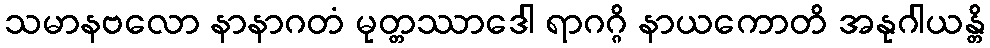
သမာနဗလော နာနာဂတံ မုတ္တဿာဒေါ ရာဂဂ္ဂိ နာယကောတိ အနုဂါယန္တိ